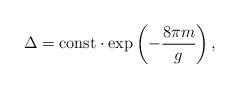
LaTeX: \begin{align*}\Delta={\rm const}\cdot\exp\left(-\frac{8\pi m}{g}\right),\end{align*}